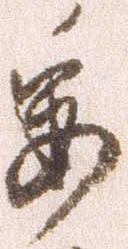
委